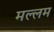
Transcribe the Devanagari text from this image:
मल्लम